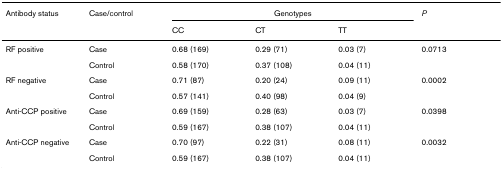
| Antibody status | Case/control | <COLSPAN=3> Genotypes | P |
 |  |  | CC | CT | TT |  |
 | --- | --- | --- | --- | --- | --- |
 | RF positive | Case | 0.68 (169) | 0.29 (71) | 0.03 (7) | 0.0713 |
 |  | Control | 0.58 (170) | 0.37 (108) | 0.04 (11) |  |
 | RF negative | Case | 0.71 (87) | 0.20 (24) | 0.09 (11) | 0.0002 |
 |  | Control | 0.57 (141) | 0.40 (98) | 0.04 (9) |  |
 | Anti-CCP positive | Case | 0.69 (159) | 0.28 (63) | 0.03 (7) | 0.0398 |
 |  | Control | 0.59 (167) | 0.38 (107) | 0.04 (11) |  |
 | Anti-CCP negative | Case | 0.70 (97) | 0.22 (31) | 0.08 (11) | 0.0032 |
 |  | Control | 0.59 (167) | 0.38 (107) | 0.04 (11) |  |